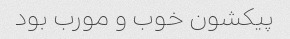
پیکشون خوب و مورب بود